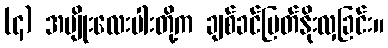
(၄) အမျိုးလေးပါးတို့က ချစ်ခင်မြတ်နိုးလှခြင်း။